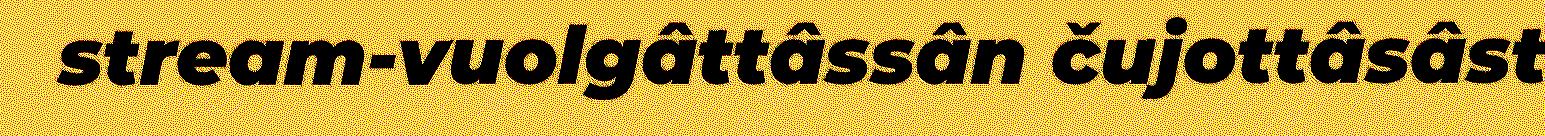
stream-vuolgâttâssân čujottâsâst